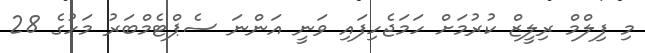
މި ފިލްމް ރިލީޒް ކުރުމަށް ހަމަޖެހިފައި ވަނީ އަންނަ ސެޕްޓެމްބަރު މަހުގެ 28